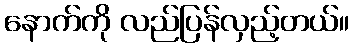
နောက်ကို လည်ပြန်လှည့်တယ်။